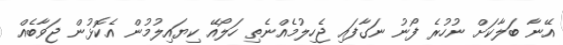
އޭނާ ބަލާކަށް ނުހުރެ ފޯނު ނަގާފައި ޖެހިލުމެއްނެތި ހަލޯއޭ ކިޔައިލުމުން އެކޮޅުން ޖަވާބެއް